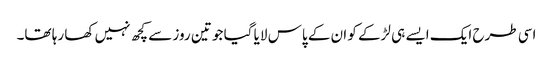
اسی طرح ایک ایسے ہی لڑکے کو ان کے پاس لایا گیا جو تین روز سے کچھ نہیں کھا رہا تھا۔